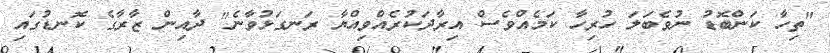
"ތިހާ ކަންބޮޑު ނުވެބަލަ ހުރިހާ ކަމެއްވެސް އިރާދަކުރެއްވިއްޔާ ރަނގަޅުވާނެ" ދާއިން ޒާރާގެ ކޮނޑުގައި